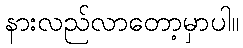
နားလည်လာတော့မှာပါ။